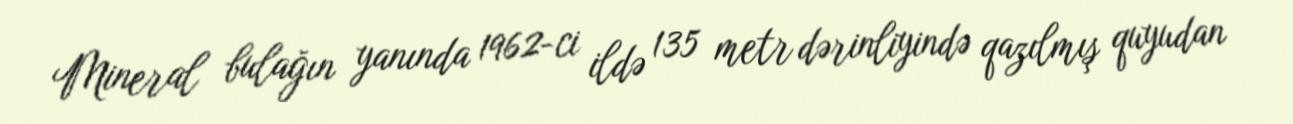
Mineral bulağın yanında 1962-ci ildə 135 metr dərinliyində qazılmış quyudan